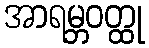
အာရမ္ဘဝတ္ထု